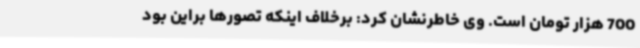
700 هزار تومان است. وی خاطرنشان کرد: برخلاف اینکه تصورها براین بود